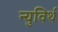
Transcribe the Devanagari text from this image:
न्युविर्थ